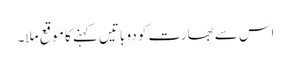
اس سے بھارت کو دو باتیں کہنے کا موقع ملا۔